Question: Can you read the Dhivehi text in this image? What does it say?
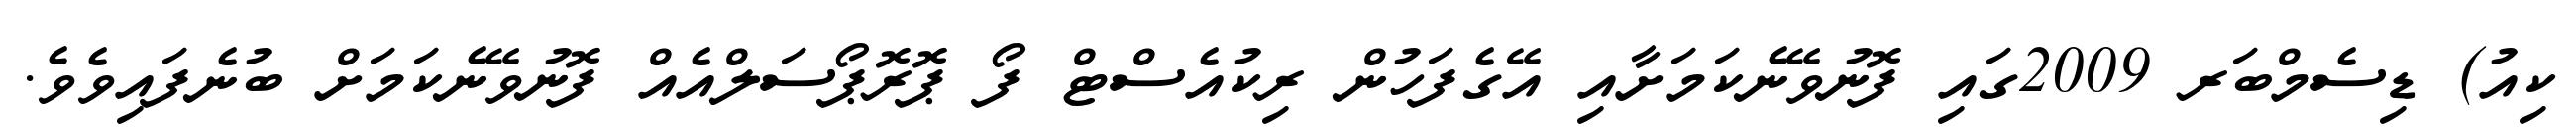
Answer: ކިއު) ޑިސެމްބަރ 2009ގައި ފޮނުވޭނެކަމަށާއި އޭގެފަހުން ރިކުއެސްޓް ފޯ ޕޮރޮޕޯސަލްއެއް ފޮނުވޭނެކަމަށް ބުނެފައިވެވެ.